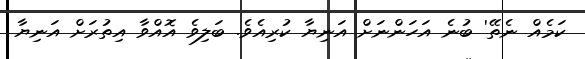
ކަމެއް ނެތޭ' ބުނެ އަހަންނަށް އަނިޔާ ކުރިއެވެ. ބަލިވެ އޮއްވާ އިތުރަށް އަނިޔާ